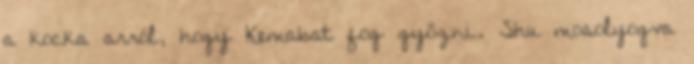
a kocka arról, hogy Kemabat fog győzni. Shu mosolyogva